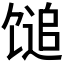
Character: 𫗰